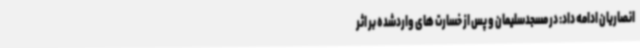
انصاریان ادامه داد: در مسجدسلیمان و پس از خسارت های واردشده بر اثر